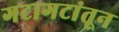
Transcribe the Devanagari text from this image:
गटागटांतून